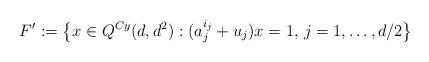
LaTeX: \begin{align*}F':=\big\{x\in Q^{Cy}(d,d^2):(a^{i_j }_j+u_j)x=1,\,j=1,\dots, d/2\big\}\end{align*}